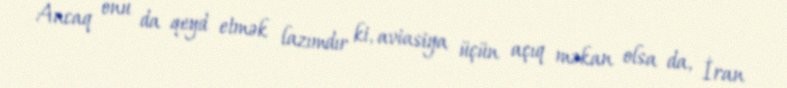
Ancaq onu da qeyd etmək lazımdır ki, aviasiya üçün açıq məkan olsa da, İran